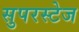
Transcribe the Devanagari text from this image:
सुपरस्टेज